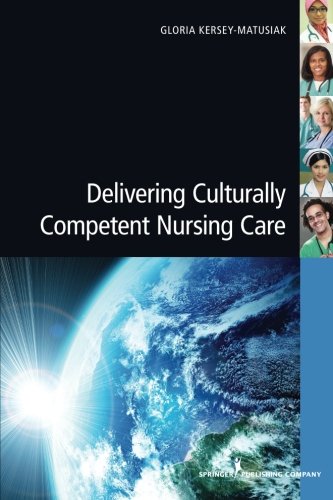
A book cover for Delivering Culturally Competent Nursing Care; Gloria Kersey-Matusiak PhD  RN; Medical Books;